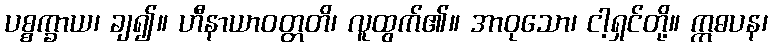
ပစ္စက္ခာယ၊ ချ၍။ ဟီနာယာဝတ္တတိ၊ လူထွက်၏။ အာဝုသော၊ ငါ့ရှင်တို့။ ဣဓပန၊